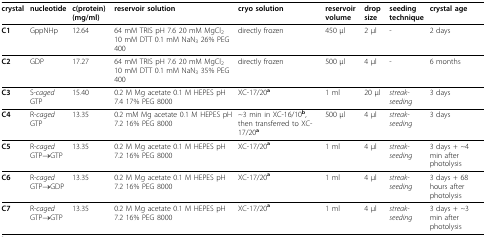
| crystal | nucleotide | c(protein) (mg/ml) | reservoir solution | cryo solution | reservoir volume | drop size | seeding technique | crystal age |
 | --- | --- | --- | --- | --- | --- | --- | --- | --- |
 | C1 | GppNHp | 12.64 | 64 mM TRIS pH 7.6 20 mM MgCl2 10 mM DTT 0.1 mM NaN3 26% PEG 400 | directly frozen | 450 μl | 2 μl | - | 2 days |
 | C2 | GDP | 17.27 | 64 mM TRIS pH 7.6 20 mM MgCl2 10 mM DTT 0.1 mM NaN3 35% PEG 400 | directly frozen | 500 μl | 4 μl | - | 6 months |
 | C3 | S-caged GTP | 15.40 | 0.2 M Mg acetate 0.1 M HEPES pH 7.4 17% PEG 8000 | XC-17/20 a | 1 ml | 20 μl | streak-seeding | 3 days |
 | C4 | R-caged GTP | 13.35 | 0.2 mM Mg acetate 0.1 M HEPES pH 7.2 16% PEG 8000 | ~3 min in XC-16/10 b, then transferred to XC-17/20 a | 500 μl | 4 μl | streak-seeding | 3 days |
 | C5 | R-caged GTP→GTP | 13.35 | 0.2 M Mg acetate 0.1 M HEPES pH 7.2 16% PEG 8000 | XC-17/20 a | 1 ml | 4 μl | streak-seeding | 3 days + ~4 min after photolysis |
 | C6 | R-caged GTP→GDP | 13.35 | 0.2 M Mg acetate 0.1 M HEPES pH 7.2 16% PEG 8000 | XC-17/20 a | 1 ml | 4 μl | streak-seeding | 3 days + 68 hours after photolysis |
 | C7 | R-caged GTP→GTP | 13.35 | 0.2 M Mg acetate 0.1 M HEPES pH 7.2 16% PEG 8000 | XC-17/20 a | 1 ml | 4 μl | streak-seeding | 3 days + ~3 min after photolysis |